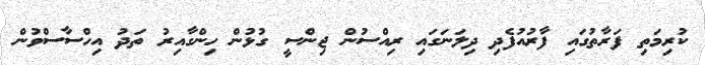
ކުރިމަތި ފަރާތުގައި ފާރުއުފެދި ދިލަނަގައި ރިއްސުން ޖިންސީ ގުޅުން ހިންގާއިރު ތަދު އިހްސާސްވުން